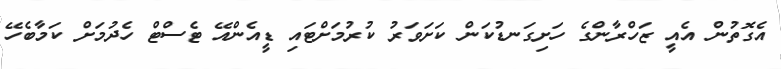
އެގޮތުން އެއީ ޒަހްރާންގެ ހަށިގަނޑުކަން ކަށަވަރު ކުރުމަށްޓައި ޑީއެންއޭ ޓެސްޓް ހެދުމަށް ކަމާބެހޭ